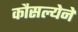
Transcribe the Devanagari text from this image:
कौसल्येने